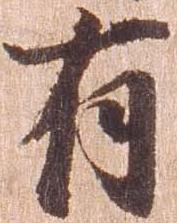
有